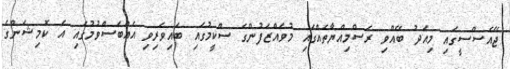
ޖޭއެސްސީގައި މިއަދު ބޭއްވި ރަސްމިއްޔާތެއްގައި މުވައްޒަފުންގެ ސްކީމުގައި ބައިވެރިވި އެއްބަސްވުމުގައި އެ ކޮމިޝަންގެ